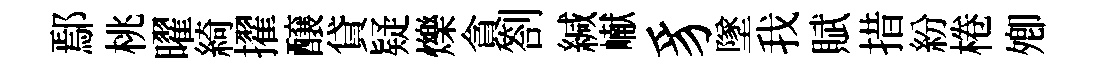
鄢桃曜綺擢醸貸疑爍貪劄緘𪩘豸墜我賦措紛棬𡖖